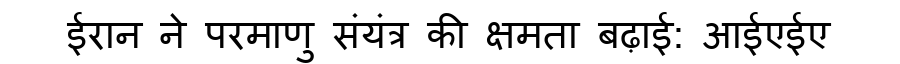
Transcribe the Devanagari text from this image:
ईरान ने परमाणु संयंत्र की क्षमता बढ़ाई: आईएईए